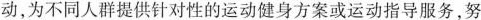
动，为不同人群提供针对性的运动健身方案或运动指导服务，努